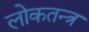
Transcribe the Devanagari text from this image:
लोकतन्‍त्र